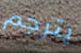
يترجم